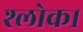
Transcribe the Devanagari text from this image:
श्लोक१